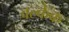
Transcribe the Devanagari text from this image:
वल्केक